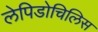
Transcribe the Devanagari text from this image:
लेपिडोचिलिस